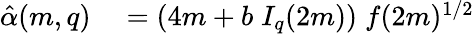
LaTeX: \begin{array}{rl}{\hat{\alpha}(m,q)}&{{}=(4m+b\; I_{q}(2m))\; f(2m)^{1/2}}\end{array}